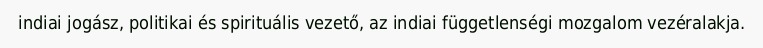
indiai jogász, politikai és spirituális vezető, az indiai függetlenségi mozgalom vezéralakja.